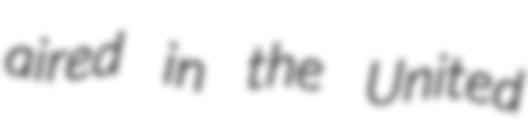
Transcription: aired in the United